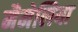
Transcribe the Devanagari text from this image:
मैमेलिया